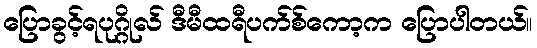
ပြောခွင့်ရပုဂ္ဂိုလ် ဒီမီထရီပက်စ်ကော့က ပြောပါတယ်။